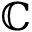
\mathbb C